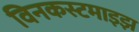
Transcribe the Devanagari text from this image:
विनकस्टमाइझ